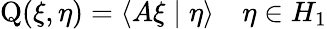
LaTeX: \operatorname{Q}(\xi,\eta)=\langle A\xi\mid\eta\rangle\quad\eta\in H_{1}